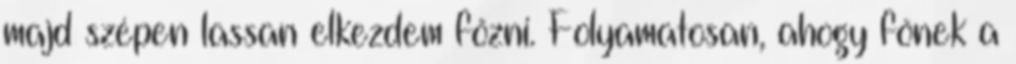
majd szépen lassan elkezdem főzni. Folyamatosan, ahogy főnek a